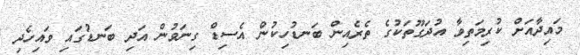
މައިދާއަށް ކުރިމަތިވާ އުދަގޫތަކުގެ ތެރެއިން ބަނޑުހިކުން އެސިޑް ގިނަވުން އަދި ބަނޑުގައި ވައިހެދި